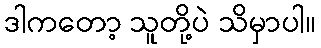
ဒါကတော့ သူတို့ပဲ သိမှာပါ။